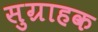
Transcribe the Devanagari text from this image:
सुग्राहक